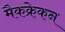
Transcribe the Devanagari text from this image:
मैकक्रेकन